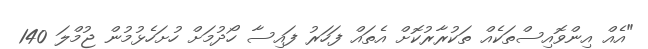
"އެއް އިންވޮއިސްތަކެއް ތަކުރާރުކޮށް އެތައް ފަހަރު ފައިސާ ހޯދުމަށް ހުށަހެޅުމުން ޖުމްލަ 140